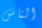
الناس